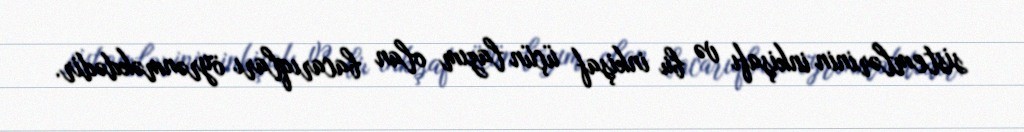
sistemlərinin inkişafı və bu inkişaf üçün lazım olan bacarıqları öyrənməkdədir.